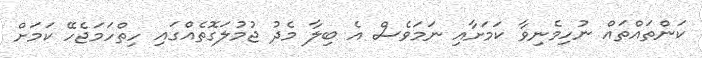
ކަންތައްތައް ނުހިމެނިވާ ކަމަށާއި ނަމަވެސް އެ ބިލާ މެދު ޖުމުލަގޮތެއްގައި ހިތްހަމަޖެހޭ ކަމަށް